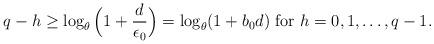
LaTeX: \begin{align*} q-h\ge \log_{\theta}\Big(1+\frac{d}{\epsilon_0}\Big)=\log_{\theta}(1+b_0d)~{\rm for}~h=0,1,\dots,q-1. \end{align*}